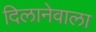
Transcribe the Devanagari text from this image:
दिलानेवाला